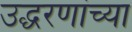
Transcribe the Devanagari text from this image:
उद्धरणांच्या